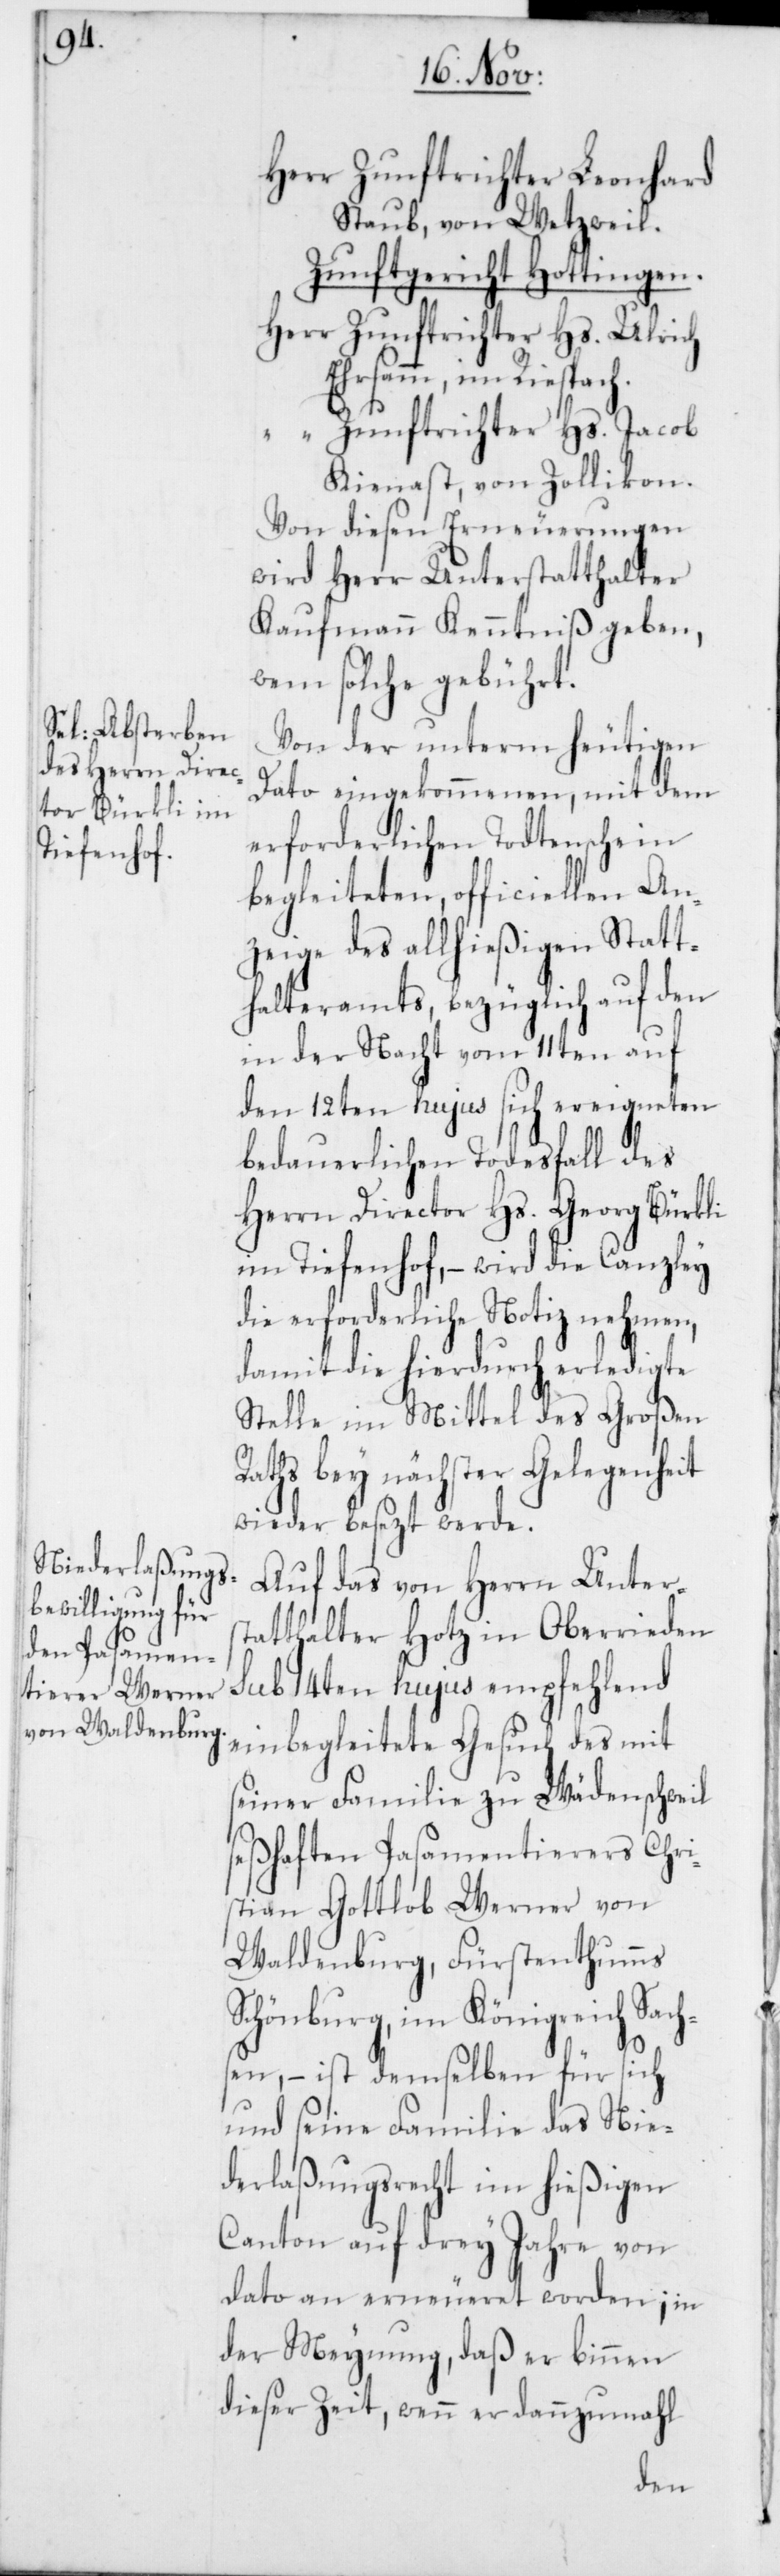
Herr Zunftrichter Leonhard
Staub, von Wetzweil.
Zunftgericht Hottingen.
Herr Zunftrichter Hs. Ulrich
Ehrsamm, im Riesbach.
“ Zunftrichter Hs. Jacob
Kienast, von Zollikon.
Von diesen Erneuerungen
wird Herr Unterstatthalter
Kaufmann Kenntniß geben,
wem solche gebührt.
Von der unterm heutigen
Dato eingekommenen, mit dem
erforderlichen Todtenschein
begleiteten, officiellen An¬
zeige des allhießigen Statt¬
halteramts, bezüglich auf den
in der Nacht vom 11ten auf
den 12ten hujus sich ereigneten
bedauerlichen Todesfall des
Herrn Director Hs. Georg Bürkli
im Tiefenhof, – wird die Canzley
die erforderliche Notiz nehmen,
damit die hierdurch erledigte
Stelle im Mittel des Großen
Raths bey nächster Gelegenheit
wieder besezt werde.
Auf das von Herrn Unters¬
tatthalter Hotz in Oberrieden
sub 14ten hujus empfehlend
einbegleitete Gesuch des mit
seiner Familie zu Wädenschweil
seßhaften Posamentierers Chri¬
stian Gottlob Werner von
Waldenburg, Fürstenthums
Schönburg, im Königreich Sachs¬
en, – ist demselben für sich
und seine Familie das Nie¬
derlaßungsrecht im hießigen
Canton auf drey Jahre von
dato an erneueret worden; in
der Meynung, daß er binnen
dieser Zeit, wenn er dannzumahl